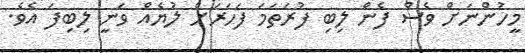
މީހުންނަށް ވެސް ފެން ލިބި ފުރަތަމަ ފަހަރަށް ލުޔެއް ވަނީ ލިބިފަ އެވެ.